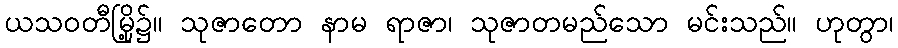
ယသဝတီမြို့၌။ သုဇာတော နာမ ရာဇာ၊ သုဇာတမည်သော မင်းသည်။ ဟုတွာ၊